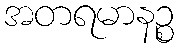
အတရမာနဉ္စ